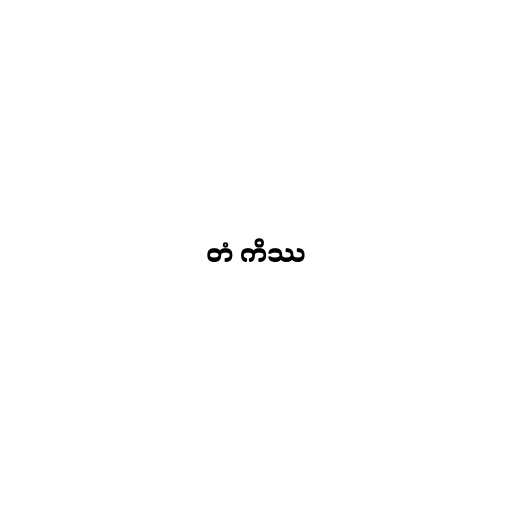
တံ ကိဿ